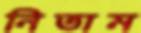
নিতাম